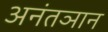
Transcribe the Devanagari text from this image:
अनंतञान